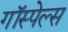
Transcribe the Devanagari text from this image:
गॉस्पेल्स